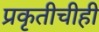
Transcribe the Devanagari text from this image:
प्रकृतीचीही